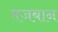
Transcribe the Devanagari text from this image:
मजबान